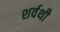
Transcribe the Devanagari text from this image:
शर्वथी